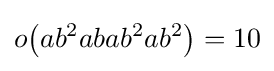
o{\bigl (}ab^{2}abab^{2}ab^{2}{\bigr )}=10